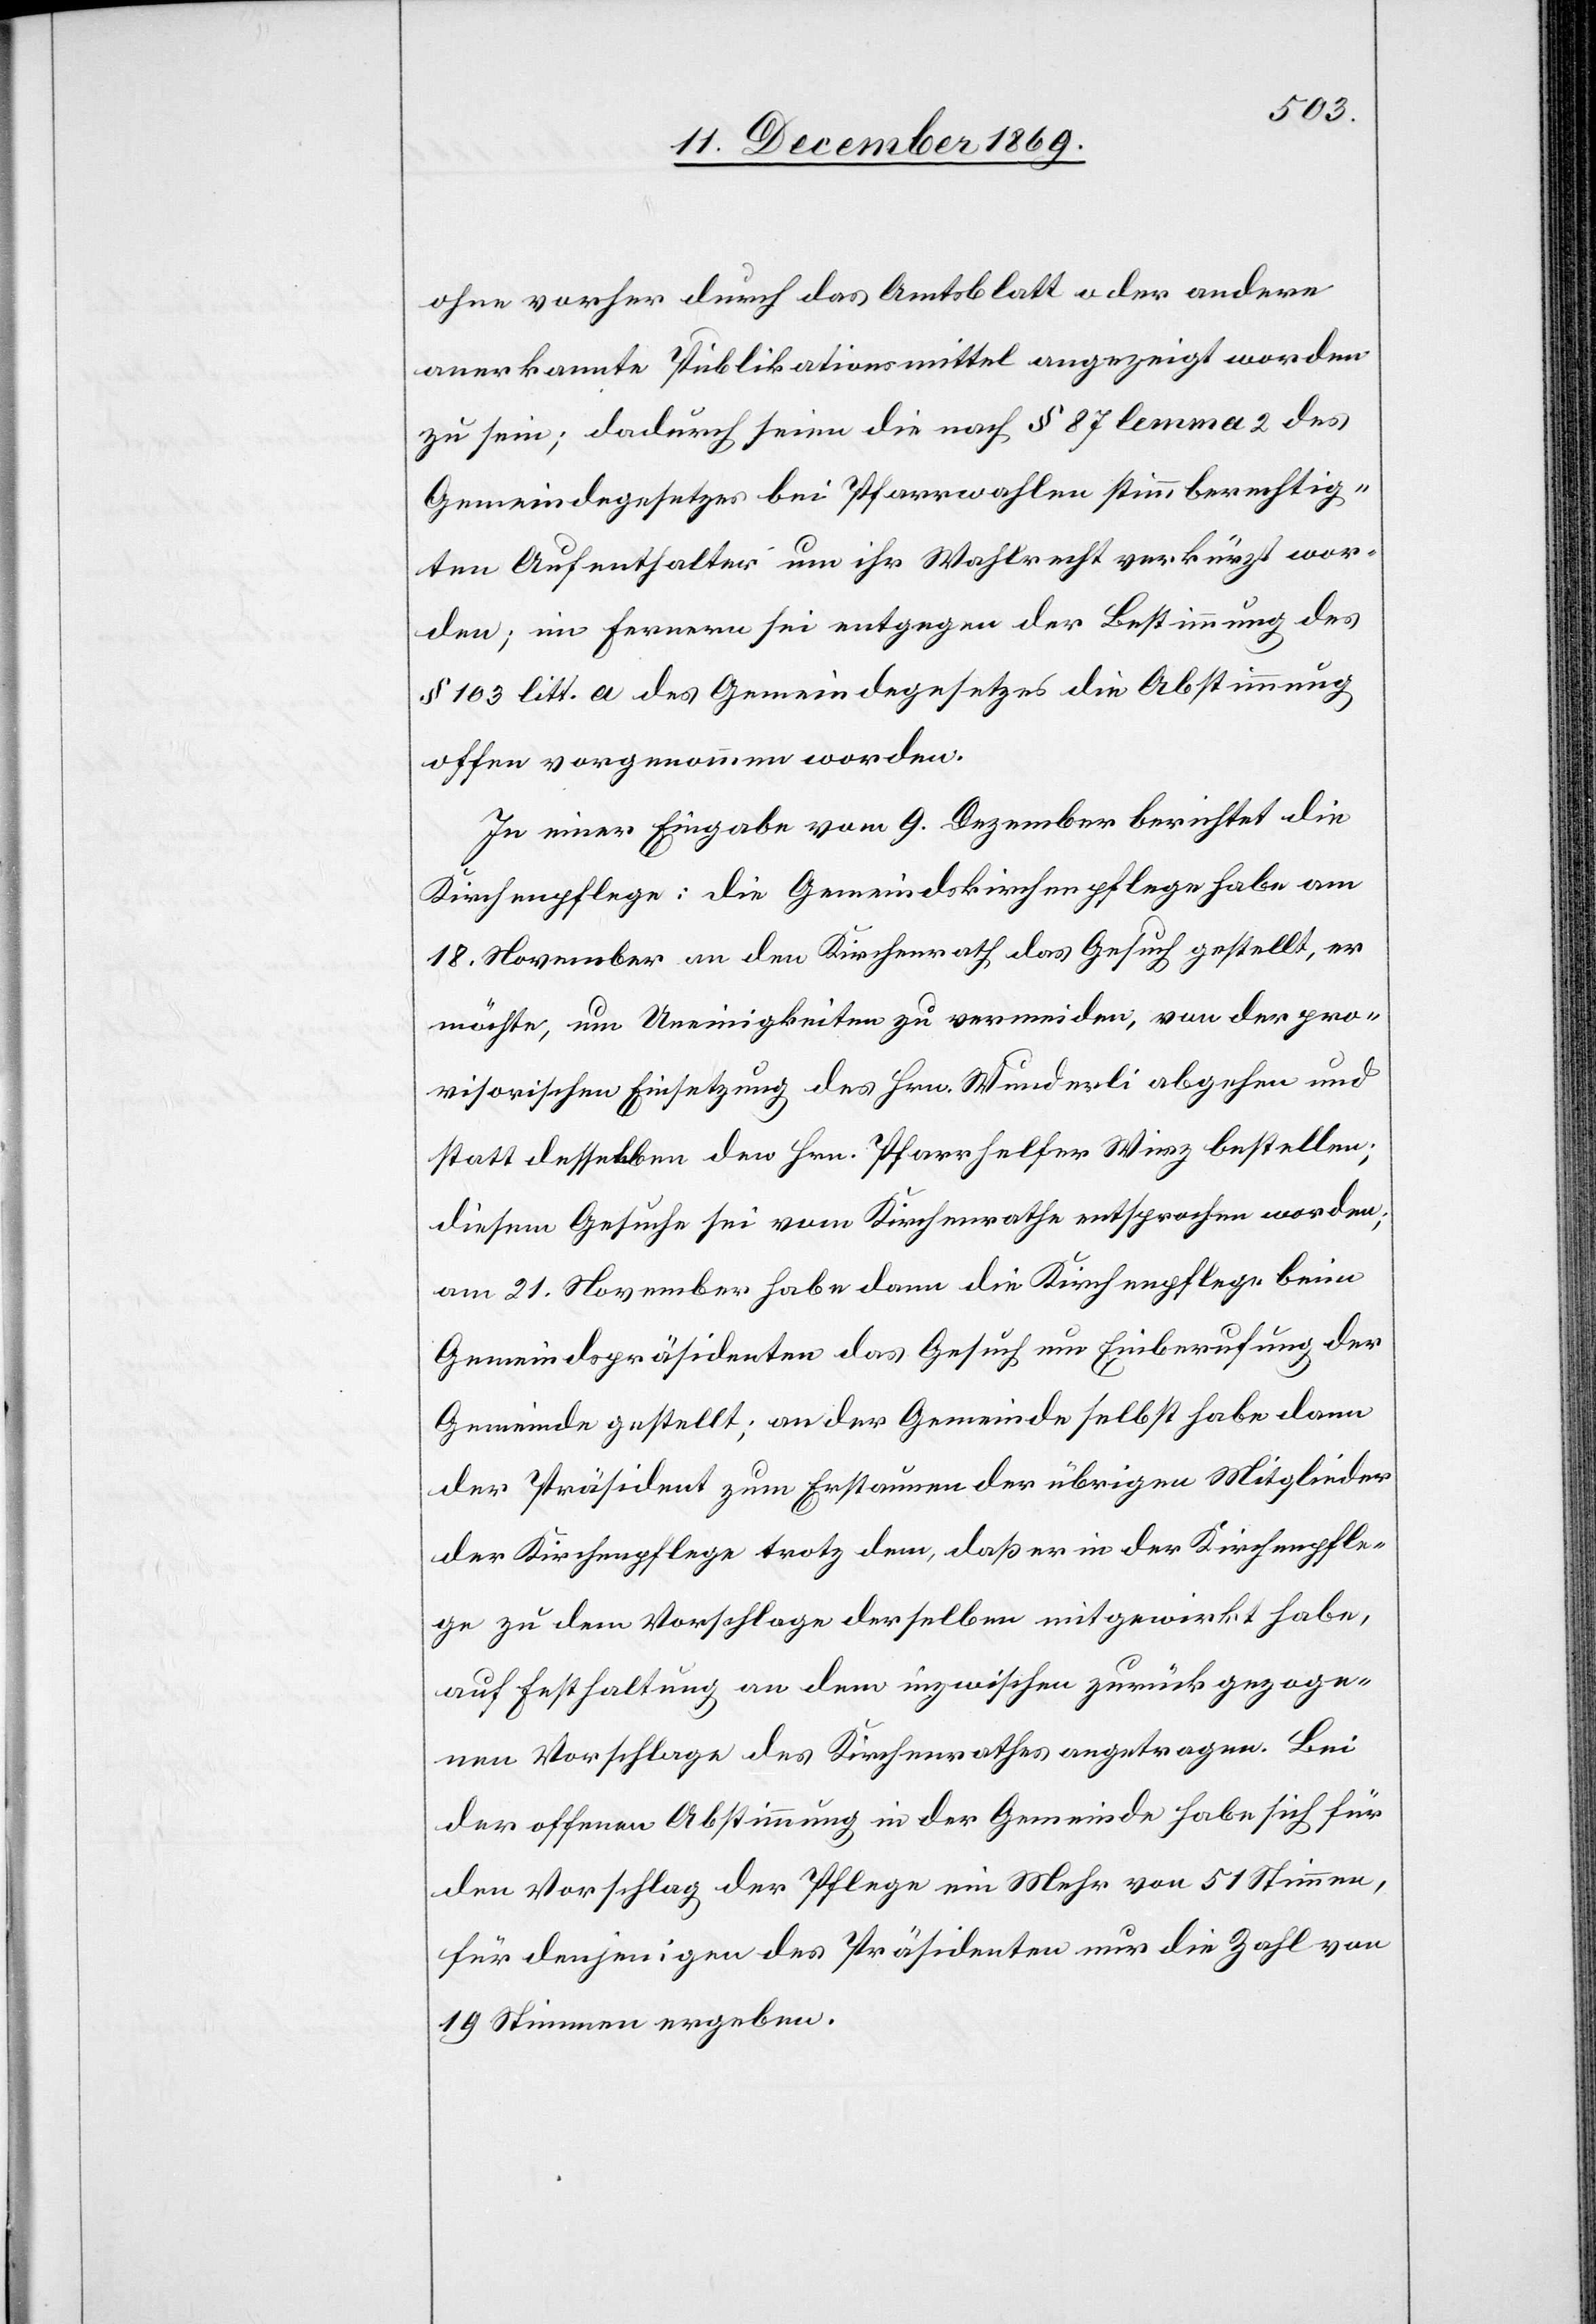
ohne vorher durch das Amtsblatt oder andere
anerkannte Publikationsmittel angezeigt worden
zu sein; dadurch seien die nach § 87 lemma 2 des
Gemeindegesetzes bei Pfarrwahlen stimmberechtig¬
ten Aufenthalter um ihr Wahlrecht verkürzt wor¬
den; im Fernern sei entgegen der Bestimmung des
§ 103 litt. a des Gemeindegesetzes die Abstimmung
offen vorgenommen worden.
In einer Eingabe vom 9. Dezember berichtet die
Kirchenpflege: Die Gemeindskirchenpflege habe am
18. November an den Kirchenrath das Gesuch gestellt, er
möchte, um Uneinigkeiten zu vermeiden, von der pro¬
visorischen Einsetzung des Hrn. Wunderli abgehen und
statt desselben den Hrn. Pfarrhelfer Wirz bestellen;
diesem Gesuche sei vom Kirchenrathe entsprochen worden;
am 21. November habe dann die Kirchenpflege beim
Gemeindspräsidenten das Gesuch um Einberufung der
Gemeinde gestellt; an der Gemeinde selbst habe dann
der Präsident zum Erstaunen der übrigen Mitglieder
der Kirchenpflege trotz dem, daß er in der Kirchenpfle¬
ge zu dem Vorschlage derselben mitgewirkt habe,
auf Festhaltung an dem inzwischen zurück gezoge¬
nen Vorschlage des Kirchenrathes angetragen. Bei
der offenen Abstimmung in der Gemeinde habe sich für
den Vorschlag der Pflege ein Mehr von 51 Stimmen,
für denjenigen des Präsidenten nur die Zahl von
19 Stimmen ergeben.